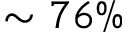
\sim 7 6 \%